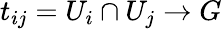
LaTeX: t_{ij}=U_{i}\cap U_{j}\to G